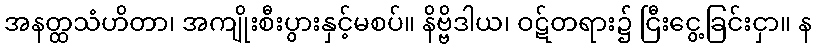
အနတ္ထသံဟိတာ၊ အကျိုးစီးပွားနှင့်မစပ်။ နိဗ္ဗိဒါယ၊ ဝဋ်တရား၌ ငြီးငွေ့ခြင်းငှာ။ န